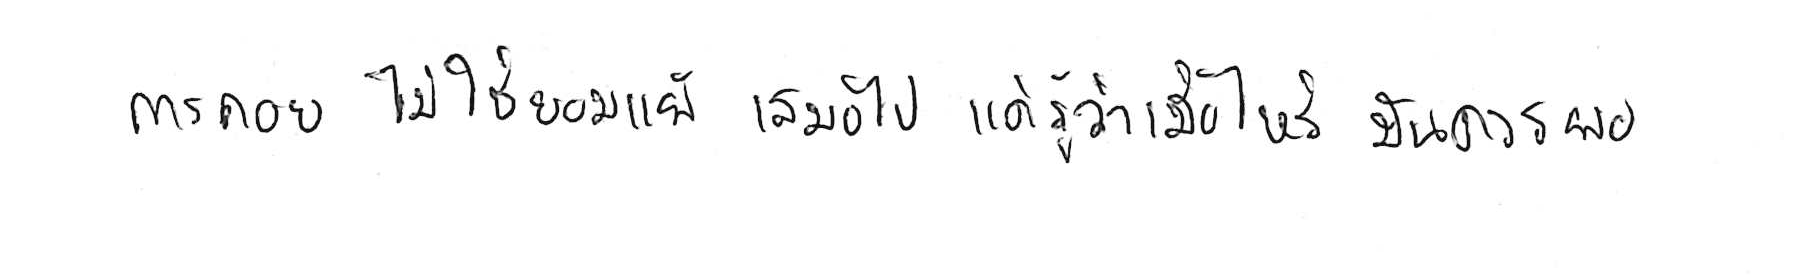
การถอย ไม่ใช่ยอมแพ้ เสมอไป แค่รู้ว่าเมื่อไหร่ มันควรพอ